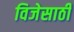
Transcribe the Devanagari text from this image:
विजेसाठी